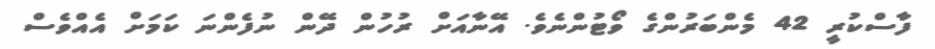
ފާސްކުރީ 42 މެންބަރުންގެ ވޯޓުންނެވެ. އޭނާއަށް ރުހުން ދޭން ނުފެންނަ ކަމަށް އެއްވެސް